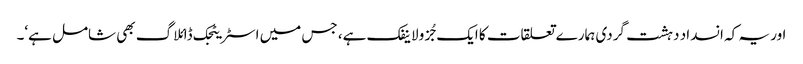
اور یہ کہ انسداد دہشت گردی ہمارے تعلقات کا ایک جُزو لاینفک ہے، جس میں اسٹریٹجک ڈائلاگ بھی شامل ہے‘۔